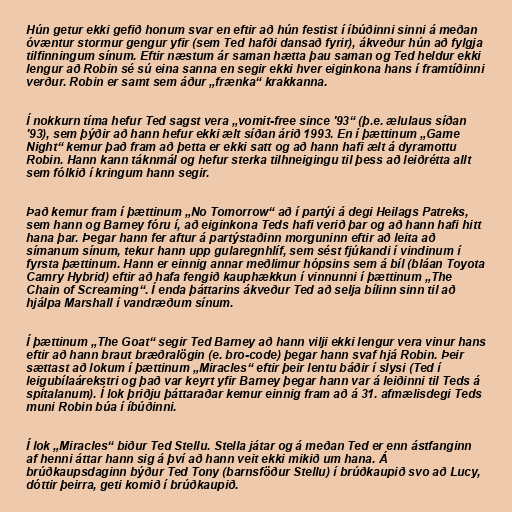
Hún getur ekki gefið honum svar en eftir að hún festist í íbúðinni sinni á meðan
óvæntur stormur gengur yfir (sem Ted hafði dansað fyrir), ákveður hún að fylgja
tilfinningum sínum. Eftir næstum ár saman hætta þau saman og Ted heldur ekki
lengur að Robin sé sú eina sanna en segir ekki hver eiginkona hans í framtíðinni
verður. Robin er samt sem áður „frænka“ krakkanna.

Í nokkurn tíma hefur Ted sagst vera „vomit-free since '93“ (þ.e. ælulaus síðan
'93), sem þýðir að hann hefur ekki ælt síðan árið 1993. En í þættinum „Game
Night“ kemur það fram að þetta er ekki satt og að hann hafi ælt á dyramottu
Robin. Hann kann táknmál og hefur sterka tilhneigingu til þess að leiðrétta allt
sem fólkið í kringum hann segir.

Það kemur fram í þættinum „No Tomorrow“ að í partýi á degi Heilags Patreks,
sem hann og Barney fóru í, að eiginkona Teds hafi verið þar og að hann hafi hitt
hana þar. Þegar hann fer aftur á partýstaðinn morguninn eftir að leita að
símanum sínum, tekur hann upp gularegnhlíf, sem sést fjúkandi í vindinum í
fyrsta þættinum. Hann er einnig annar meðlimur hópsins sem á bíl (bláan Toyota
Camry Hybrid) eftir að hafa fengið kauphækkun í vinnunni í þættinum „The
Chain of Screaming“. Í enda þáttarins ákveður Ted að selja bílinn sinn til að
hjálpa Marshall í vandræðum sínum.

Í þættinum „The Goat“ segir Ted Barney að hann vilji ekki lengur vera vinur hans
eftir að hann braut bræðralögin (e. bro-code) þegar hann svaf hjá Robin. Þeir
sættast að lokum í þættinum „Miracles“ eftir þeir lentu báðir í slysi (Ted í
leigubílaárekstri og það var keyrt yfir Barney þegar hann var á leiðinni til Teds á
spítalanum). Í lok þriðju þáttaraðar kemur einnig fram að á 31. afmælisdegi Teds
muni Robin búa í íbúðinni.

Í lok „Miracles“ biður Ted Stellu. Stella játar og á meðan Ted er enn ástfanginn
af henni áttar hann sig á því að hann veit ekki mikið um hana. Á
brúðkaupsdaginn býður Ted Tony (barnsföður Stellu) í brúðkaupið svo að Lucy,
dóttir þeirra, geti komið í brúðkaupið.